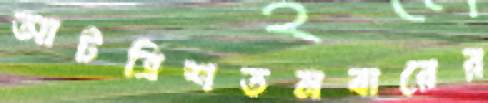
আটত্রিশতমবারের